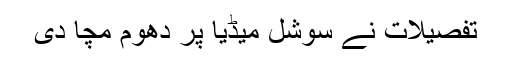
تفصیلات نے سوشل میڈیا پر دھوم مچا دی